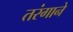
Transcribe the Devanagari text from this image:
तरंगाने